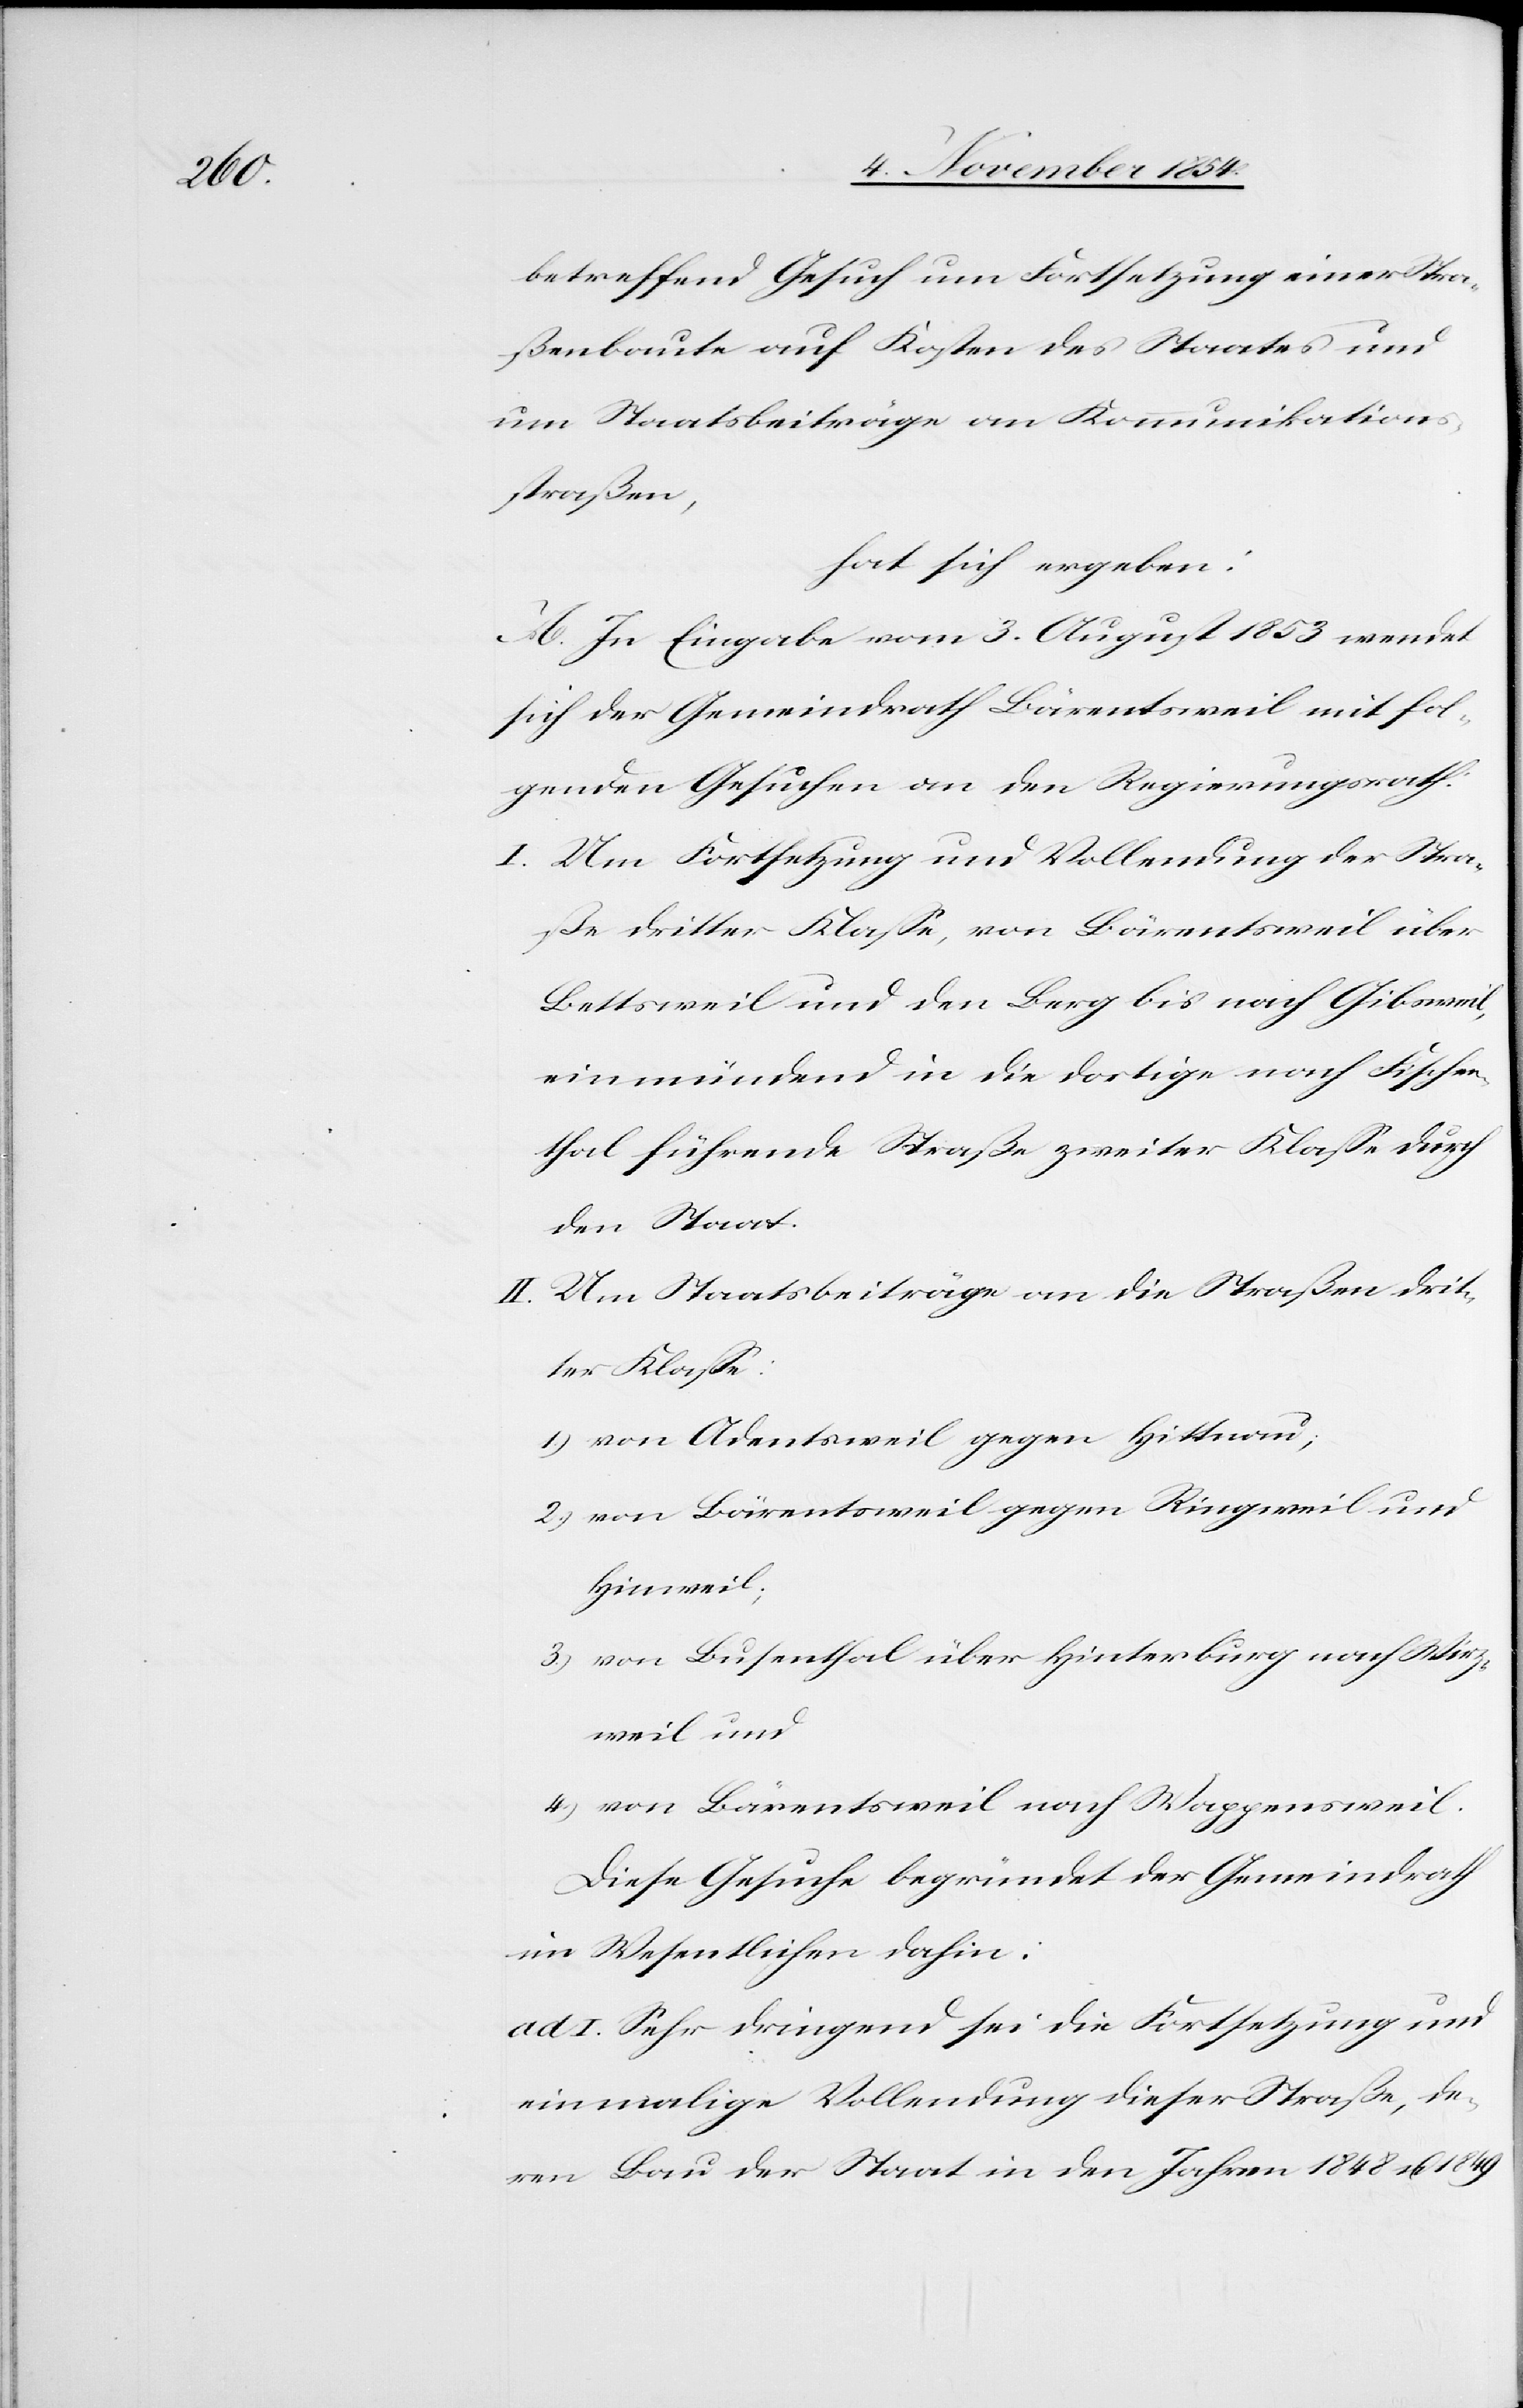
betreffend Gesuch um Fortsetzung einer Stra¬
ßenbaute auf Kosten des Staates und
um Staatsbeiträge an Kommunikations¬
straßen,
hat sich ergeben:
A. In Eingabe vom 3. August 1853 wendet
sich der Gemeindrath Bärentsweil mit fol¬
genden Gesuchen an den Regierungsrath:
I. Um Fortsetzung und Vollendung der Stra¬
ße dritter Klaße, von Bärentsweil über
Bettsweil und den Berg bis nach Gibsweil,
einmündend in die dortige nach Fischen¬
thal führende Straße zweiter Klaße durch
den Staat.
II. Um Staatsbeiträge an die Straßen drit¬
ter Klaße:
1.) von Adentsweil gegen Hittnau;
2.) von Bärentsweil gegen Ringweil und
Hinweil;
3.) von Busenthal über Hinterburg nach Wirz¬
weil und
4.) von Bärentsweil nach Wappensweil.
Diese Gesuche begründet der Gemeindrath
im Wesentlichen dahin:
ad. I. Sehr dringend sei die Fortsetzung und
einmalige Vollendung dieser Straße, de¬
ren Bau der Staat in den Jahren 1848 u. 1849